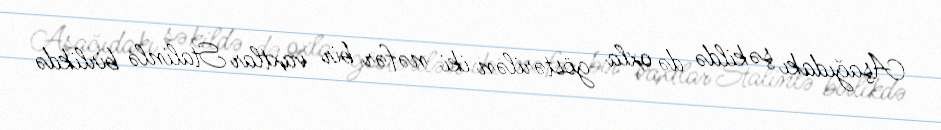
Aşağıdakı şəkildə də oxla göstərilən iki nəfər bir vaxtlar Stalinlə birlikdə